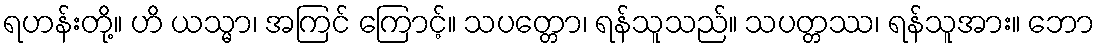
ရဟန်းတို့။ ဟိ ယသ္မာ၊ အကြင် ကြောင့်။ သပတ္တော၊ ရန်သူသည်။ သပတ္တဿ၊ ရန်သူအား။ ဘော